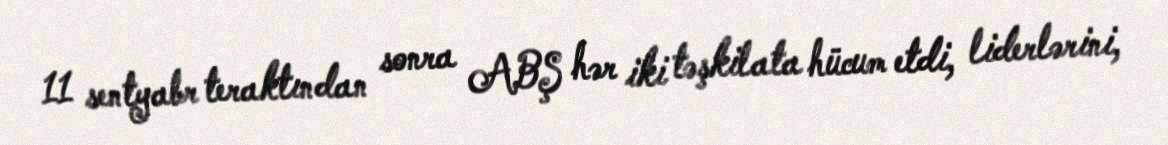
11 sentyabr teraktından sonra ABŞ hər iki təşkilata hücum etdi, liderlərini,